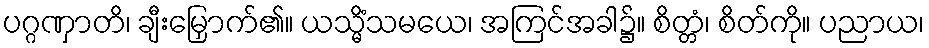
ပဂ္ဂဏှာတိ၊ ချီးမြှောက်၏။ ယသ္မိံသမယေ၊ အကြင်အခါ၌။ စိတ္တံ၊ စိတ်ကို။ ပညာယ၊